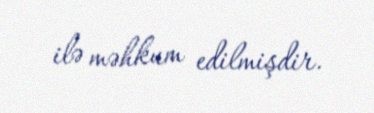
ilə məhkum edilmişdir.